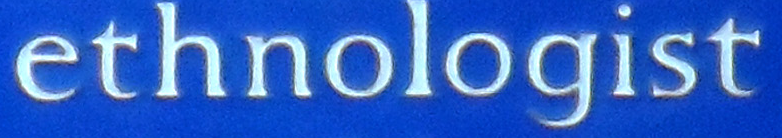
ethnologist